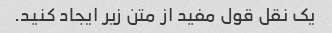
یک نقل قول مفید از متن زیر ایجاد کنید.